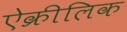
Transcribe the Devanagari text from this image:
ऐक्रीलिक